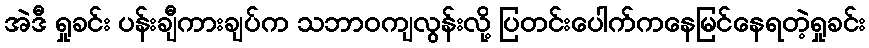
အဲဒီ ရှုခင်း ပန်းချီကားချပ်က သဘာဝကျလွန်းလို့ ပြတင်းပေါက်ကနေမြင်နေရတဲ့ရှုခင်း